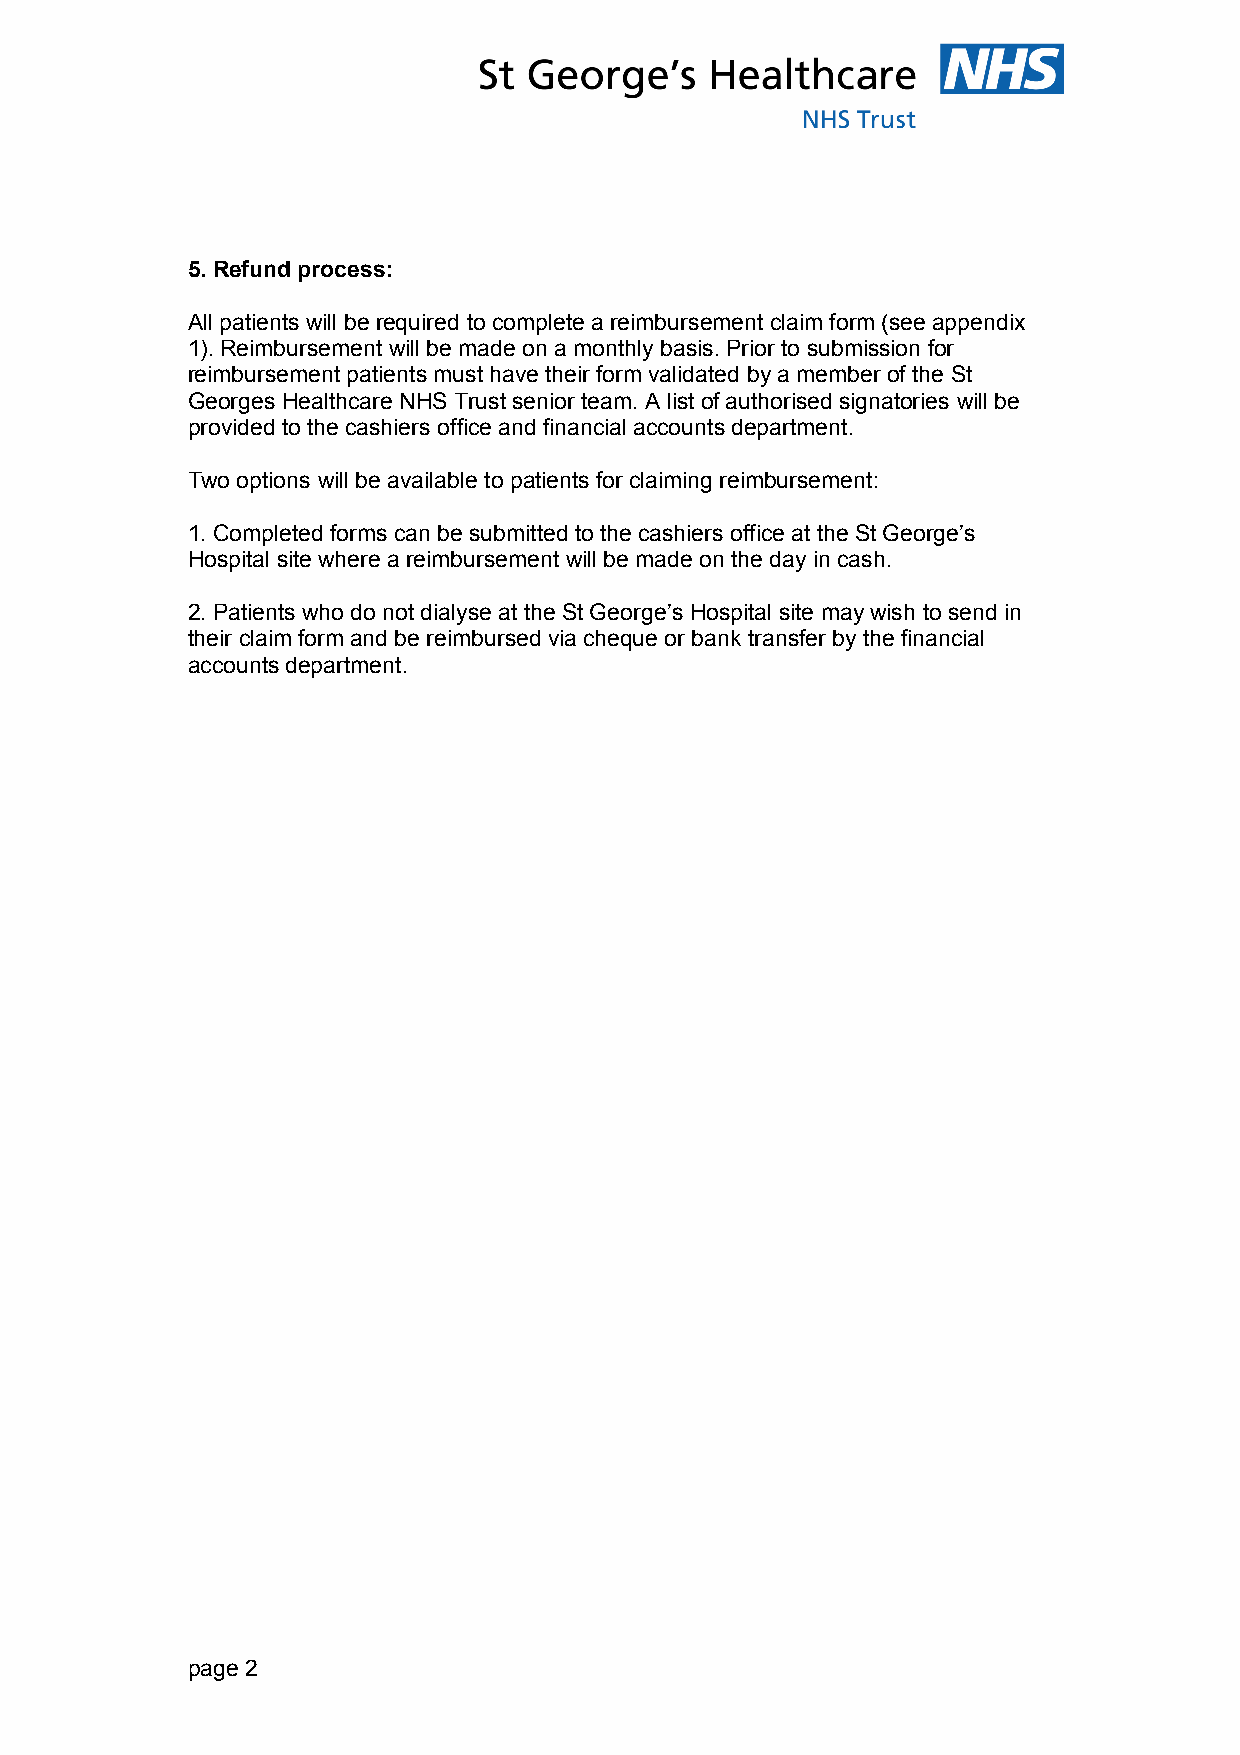
5. Refund process:
 All patients will be required to complete a reimbursement claim form (see appendix
 1). Reimbursement will be made on a monthly basis. Prior to submission for
 reimbursement patients must have their form validated by a member of the St
 Georges Healthcare NHS Trust senior team. A list of authorised signatories will be
 provided to the cashiers office and financial accounts department.
 Two options will be available to patients for claiming reimbursement:
 1. Completed forms can be submitted to the cashiers office at the St George’s
 Hospital site where a reimbursement will be made on the day in cash.
 2. Patients who do not dialyse at the St George’s Hospital site may wish to send in
 their claim form and be reimbursed via cheque or bank transfer by the financial
 accounts department.
 page 2